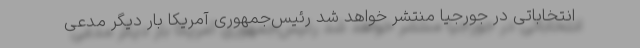
انتخاباتی در جورجیا منتشر خواهد شد رئیس‌جمهوری آمریکا بار دیگر مدعی